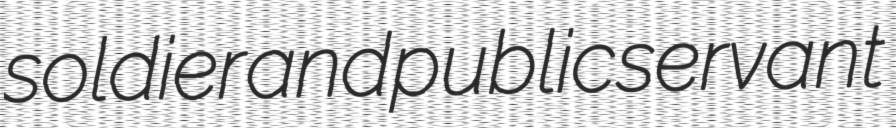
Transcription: soldier and public servant